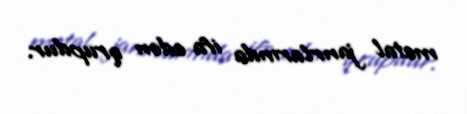
metal janrlarında ifa edən qrupdur.